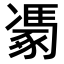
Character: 𮙢